Indian journal of veterinary science and animal husbandry - Volume 4,
Year: 1934
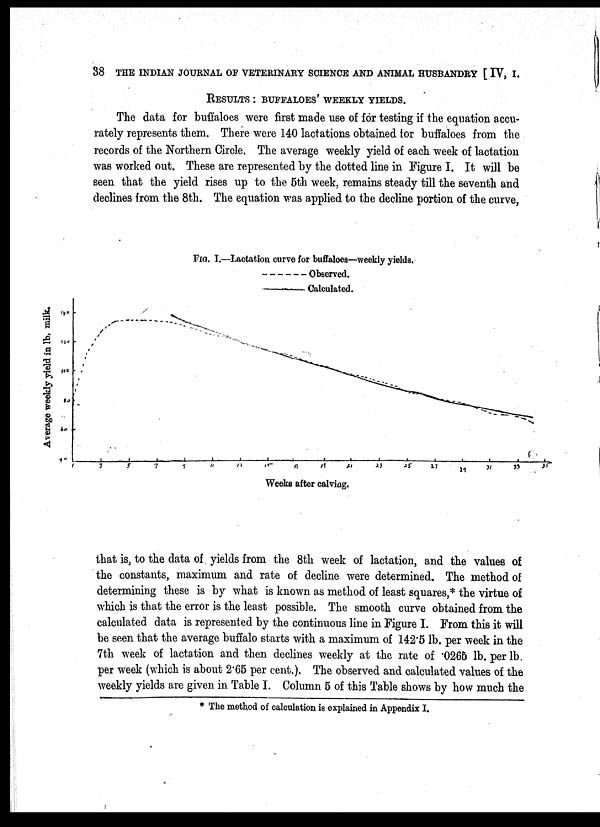
38 THE INDIAN JOURNAL OF VETERINARY SCIENCE AND ANIMAL HUSBANDRY [ IV, I.
RESULTS : BUFFALOES' WEEKLY YIELDS.
The data for buffaloes were first made use of for testing if the equation accu-
rately represents them. There were 140 lactations obtained for buffaloes from the
records of the Northern Circle. The average weekly yield of each week of lactation
was worked out. These are represented by the dotted line in Figure I. It will be
seen that the yield rises up to the 5th week, remains steady till the seventh and
declines from the 8th. The equation was applied to the decline portion of the curve,
FIG. I.—Lactation curve for buffaloes—weekly yields.
that is, to the data of yields from the 8th week of lactation, and the values of
the constants, maximum and rate of decline were determined. The method of
determining these is by what is known as method of least squares,* the virtue of
which is that the error is the least possible. The smooth curve obtained from the
calculated data is represented by the continuous line in Figure I. From this it will
be seen that the average buffalo starts with a maximum of 142.5 lb. per week in the
7th week of lactation and then declines weekly at the rate of .0265 lb. per lb.
per week (which is about 2.65 per cent.). The observed and calculated values of the
weekly yields are given in Table I. Column 5 of this Table shows by how much the
* The method of calculation is explained in Appendix I.